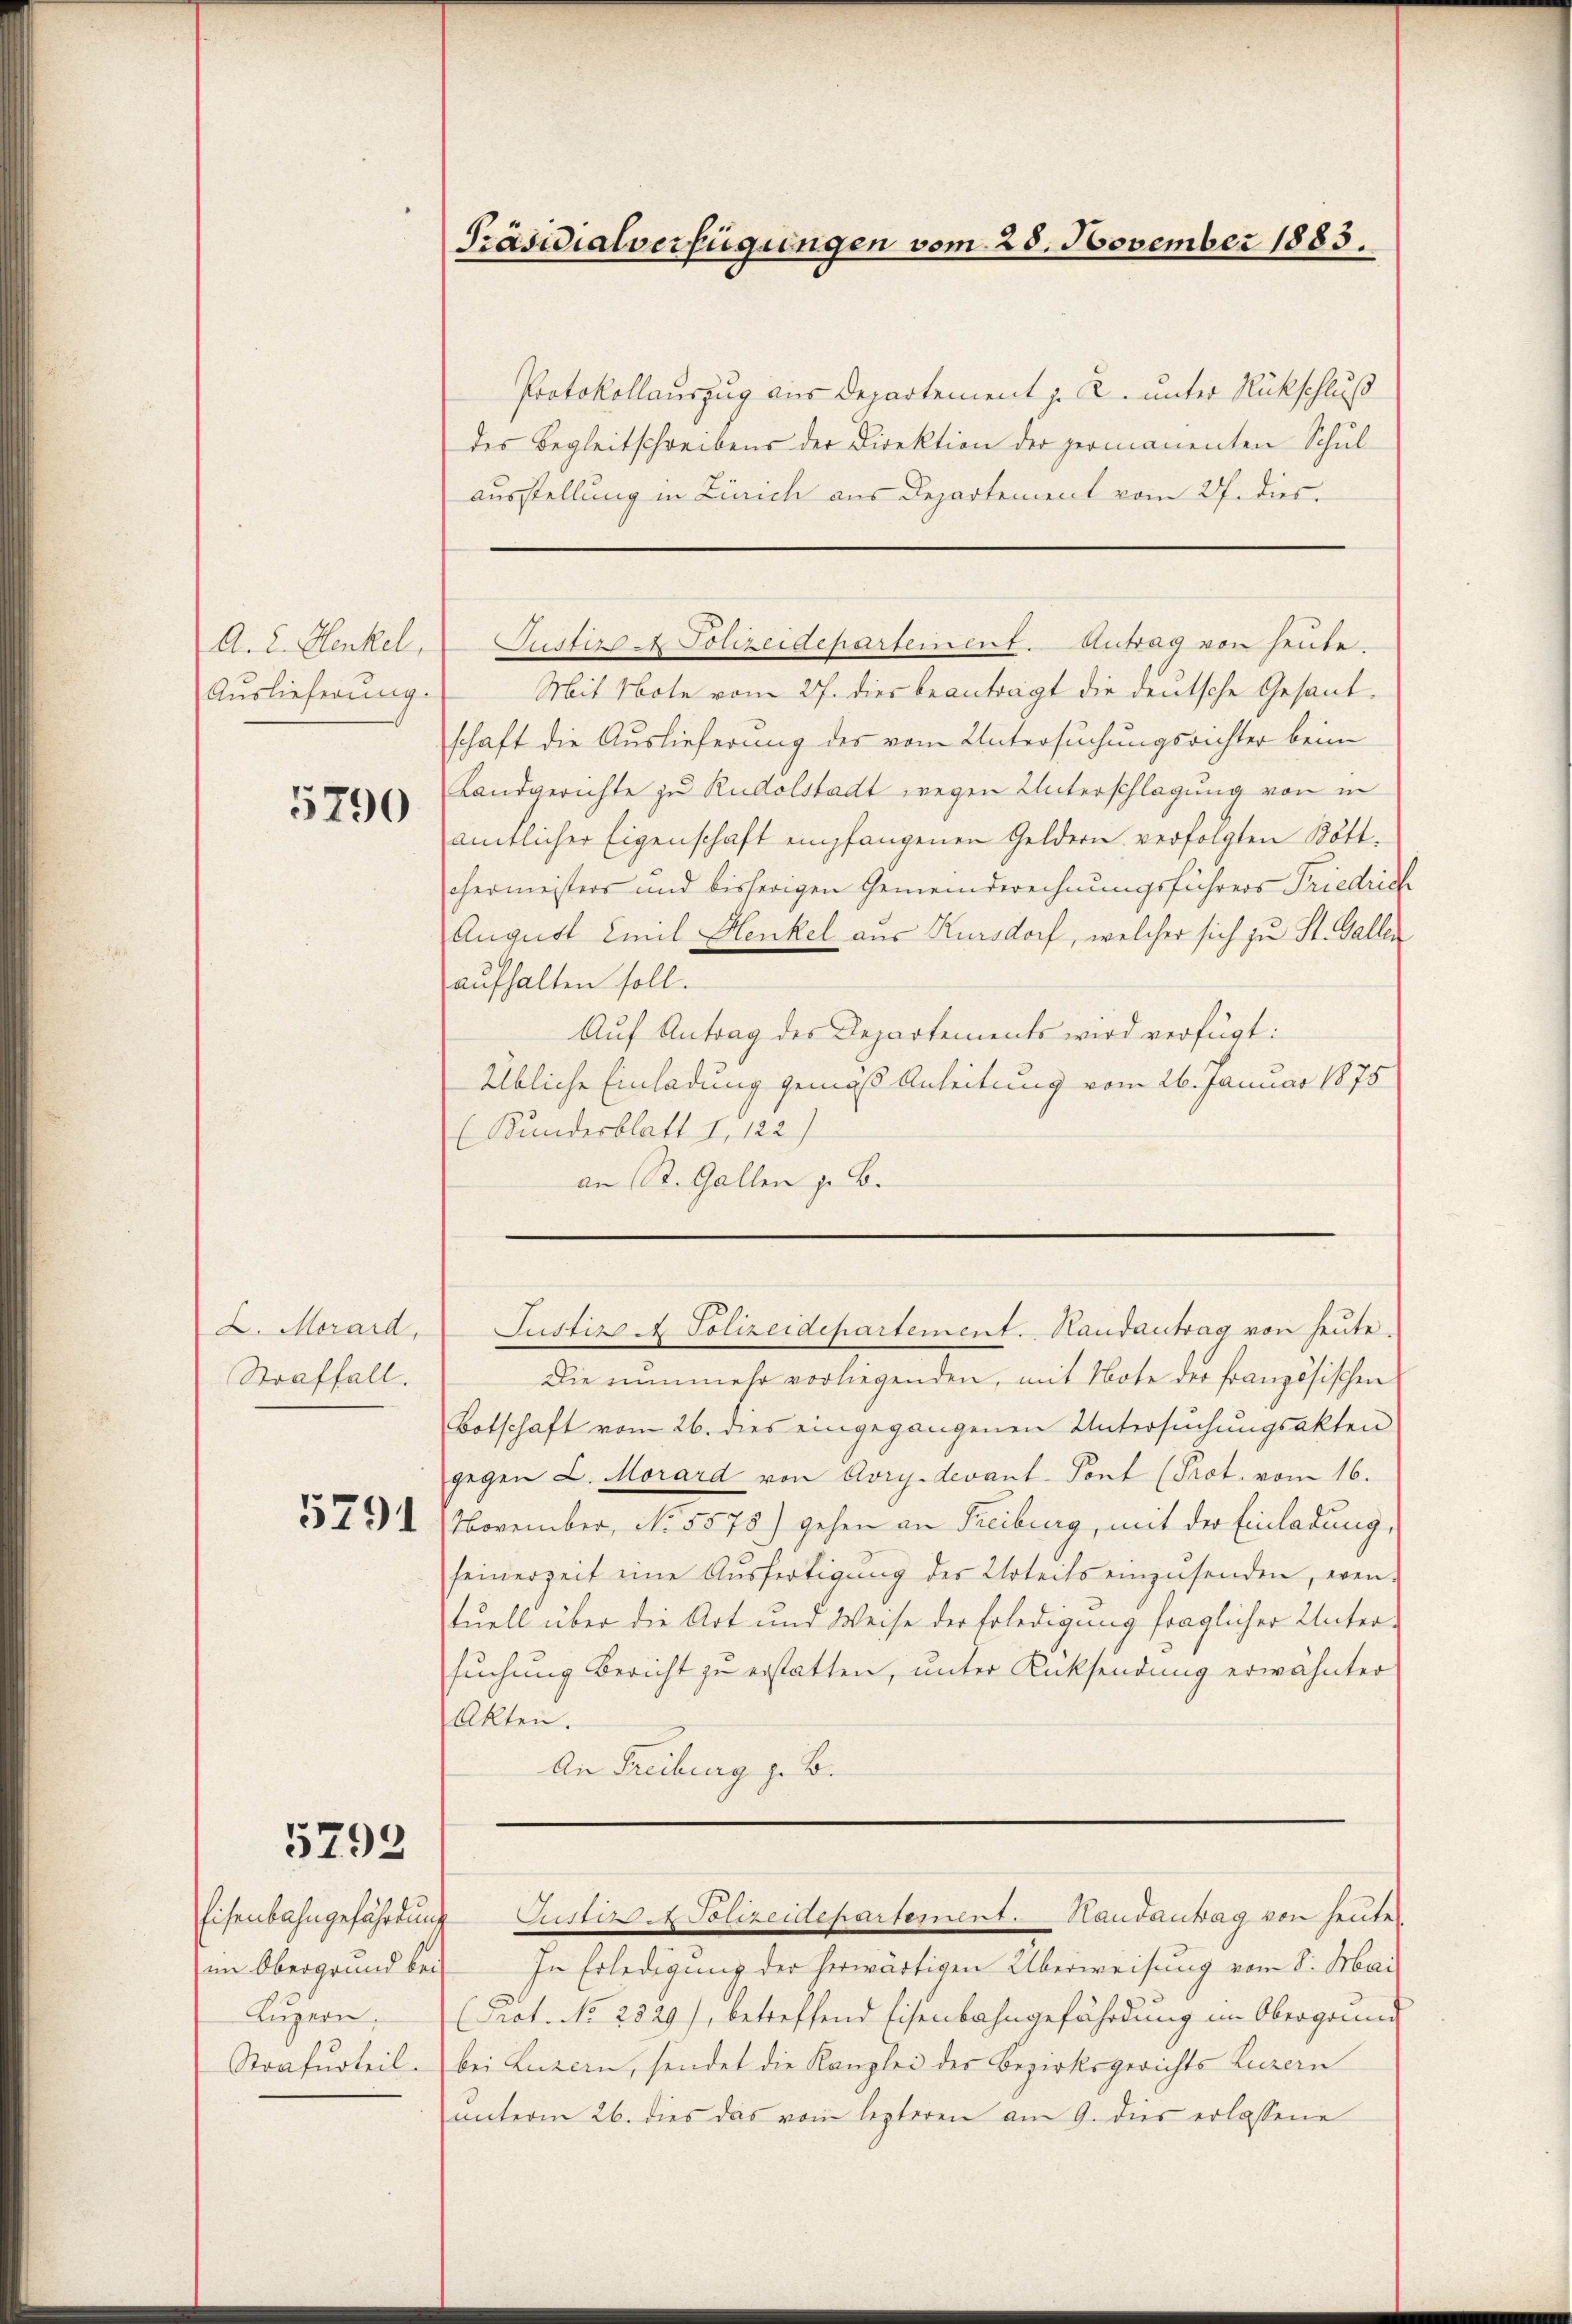
A. E. Henkel,
Auslieferung.

5790

2. Morard,
Straffall.

5791

5792

Eisenbahngefährdung
im Obergrund bei
Luzern,

Präsidialverfügungen vom 25. November 1883.

Protokollauszug aus Departement J. C. unter Rückschluß
des Begleitschreibens der Direktion der permanenten Schul
ausstellung in Zürich aus Departement vom 27. dies
Mit Note vom 27. dies beanträgt die deutsche Gesandschaft die Auslieferung des vom Untersuchungsrichter beim
Landgerichte zu Rudolstadt wegen Unterschlagung von in
amtlicher Eigenschaft empfangenen Geldern verfolgten Kött-
chermeisters und bisherigen Gemeinderechnungsführers Friedrich
August Emil Henkel aus Kursdorf, welcher sich zu St. Gallen
aufhalten soll.
Auf Antrag des Departements wird verfügt:
Übliche Einladung gemäß Anleitung vom 26. Januar 1875

( Kundesblatt I. 122)
an St. Gallen z. B.

Justiz - Polizeidepartement. Antrag von heute.

Justiz. Polizeidepartement. Handantrag von heute.

Die nunmehr vorliegenden, mit Note der französischen
Botschaft vom 26. dies eingegangenen Untersŭchŭngsakten
gegen L. Morard von Aory-devant-Sont (Prot. vom 16.
November, No. 5578) gehen an Freiburg, mit der Einladung,
feinerzeit eine Ausfertigung der Urteils einzusenden, eren.
tuell über die Art und Weise der Erledigung fraglicher Unter-
suchung Bericht zu erstatten, unter Rücksendung erwähnter
Akten.
An Freiburg z. B.

Justiz Polizeidepartement. Handantag von heute

In Erledigung der herwärtigen Überweisung vom 8. Mai
Prot. No 2229), betreffend Eisenbahngefährdung im Obergrund
Strafurteil. bei Luzern, sendet die Kanzlei der Bezirksgerichts Luzern
unterm 26. dies das vom lezteren am 9. dies erlassene